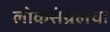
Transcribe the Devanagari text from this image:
लोकसंग्रहाचा